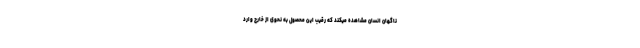
ناگهان انسان مشاهده میکند که رقیبِ این محصول به نحوی از خارج وارد